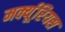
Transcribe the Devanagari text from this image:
मर्क्यूरियस